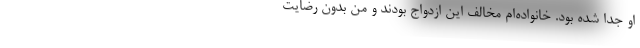
او جدا شده بود. خانواده‌ام مخالف این ازدواج بودند و من بدون رضایت